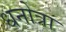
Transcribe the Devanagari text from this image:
धनोत्रा